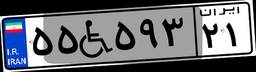
۵۵W۵۹۳۲۱